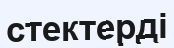
стектерді